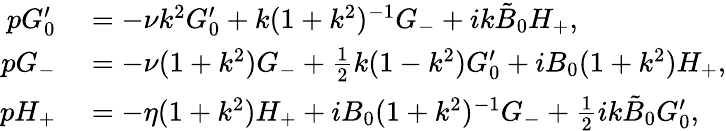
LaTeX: \begin{array}{rl}{pG_{0}^{\prime}}&{{}=-\nu k^{2}G_{0}^{\prime}+{k}(1+k^{2})^{-1}G_{-}+ik\tilde{B}_{0}H_{+},}\\ {pG_{-}}&{{}=-\nu(1+k^{2})G_{-}+\frac{1}{2}k(1-k^{2})G_{0}^{\prime}+iB_{0}(1+k^{2})H_{+},}\\ {pH_{+}}&{{}=-\eta(1+k^{2})H_{+}+iB_{0}(1+k^{2})^{-1}G_{-}+\frac{1}{2}ik\tilde{B}_{0}G_{0}^{\prime},}\end{array}